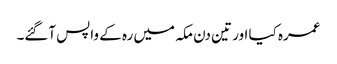
عمرہ کیا اور تین دن مکہ میں رہ کے واپس آگئے۔